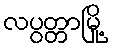
လပွတ္တာမြို့